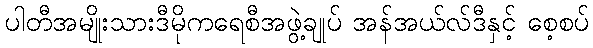
ပါတီအမျိုးသားဒီမိုကရေစီအဖွဲ့ချုပ် အန်အယ်လ်ဒီနှင့် စေ့စပ်